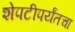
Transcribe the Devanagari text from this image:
शेपटीपर्यंतचा